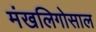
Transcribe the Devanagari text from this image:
मंखलिगोसाल